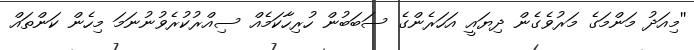
''މިއަދު މަންމަގެ މަރުވެގެން ދިޔައީ އަހަރެންގެ ސަބަބުން ހުރިހާކަމެއް ސިއްރުކުރެވުނުނަމަ މިހެން ކަންތައް